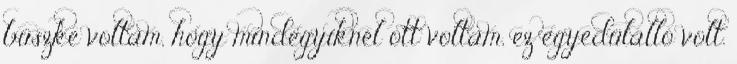
büszke voltam, hogy mindegyiknél ott voltam, ez egyedülálló volt.